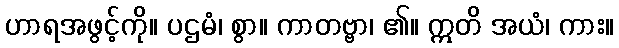
ဟာရအဖွင့်ကို။ ပဌမံ၊ စွာ။ ကာတဗ္ဗာ၊ ၏။ ဣတိ အယံ၊ ကား။